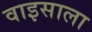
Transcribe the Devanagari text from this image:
वाइसाला